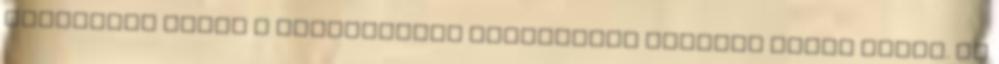
ciklusban nincs a beruházásra fordítható európai uniós keret. Mi